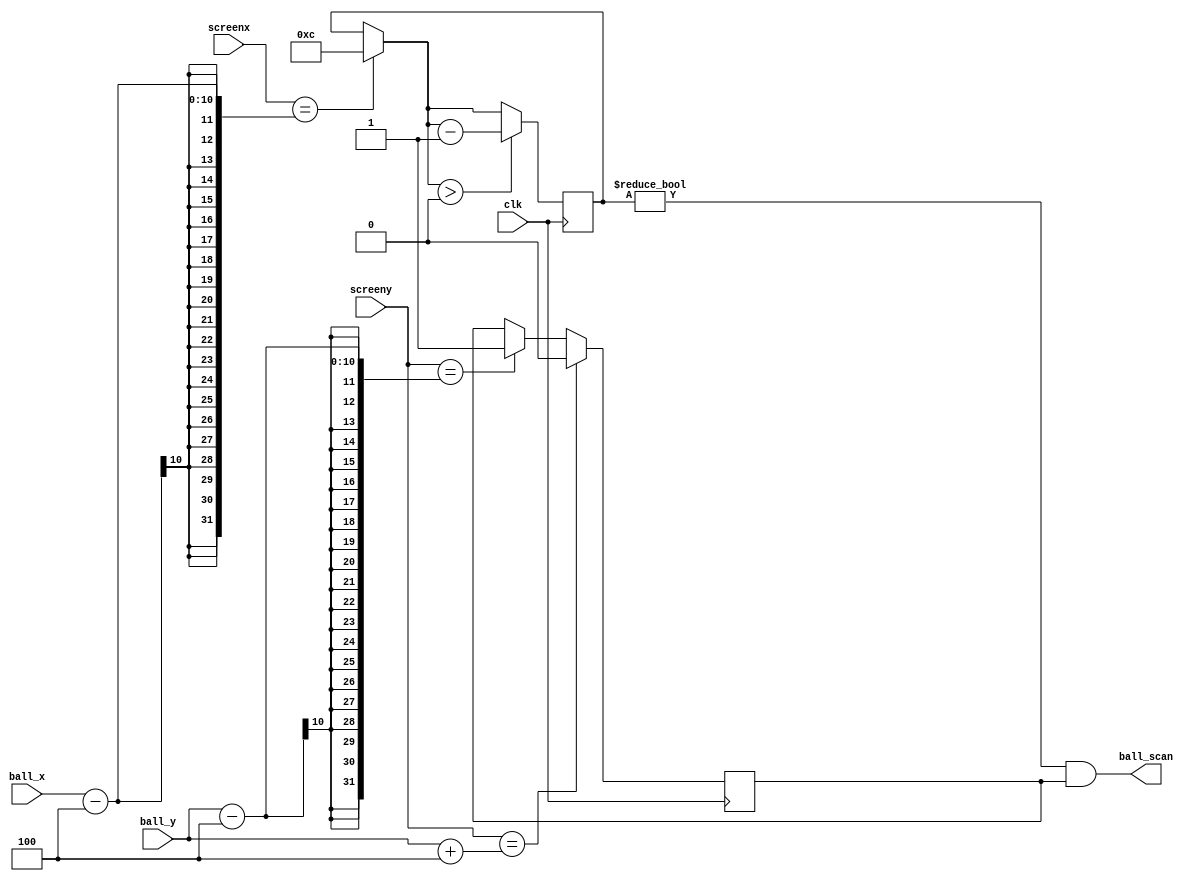
module ballscan(clk, screenx, screeny, ball_x, ball_y, ball_scan);
	parameter BALLSIZE=8;
	input clk;
	input [9:0] screenx;
	input [9:0] screeny;
	input [9:0] ball_x;
	input [9:0] ball_y;
	output ball_scan;

	reg [3:0] ballscanX;
	reg 	  ballscanY;

	always @(posedge clk) begin
		if (screenx == ball_x-BALLSIZE/2)
			ballscanX = 12;
		if (ballscanX > 0)
			ballscanX = ballscanX - 1'b1;
	end
	always @(posedge clk) begin
		if (screeny == ball_y-BALLSIZE/2)
			ballscanY = 1;
		if (screeny == ball_y+BALLSIZE/2)
			ballscanY = 0;
	end
	assign ball_scan = ballscanX != 0 && ballscanY;
endmodule